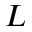
L